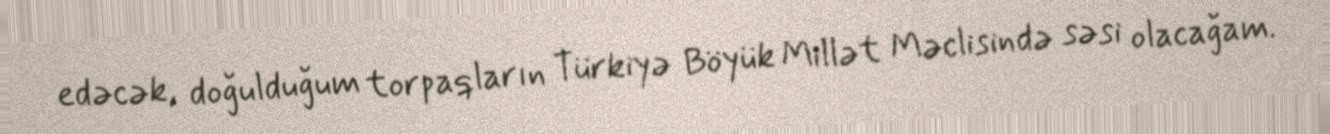
edəcək, doğulduğum torpaqların Türkiyə Böyük Millət Məclisində səsi olacağam.